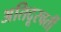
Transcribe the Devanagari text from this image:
अतिदूरवर्ती